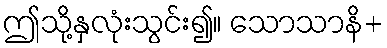
ဤသို့နှလုံးသွင်း၍။ သောသာနိ+